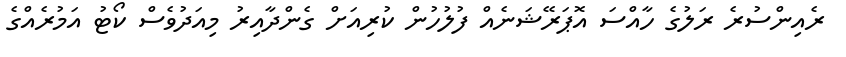
ރެއިންސުރެ ރަލުގެ ހާއްސަ އޮޕަރޭޝަނެއް ފުލުހުން ކުރިއަށް ގެންދާއިރު މިއަދުވެސް ކޯޓު އަމުރެއްގެ